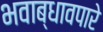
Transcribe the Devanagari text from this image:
भवाब्धावपारे